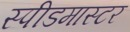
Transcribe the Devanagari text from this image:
स्पीडमास्टर